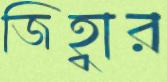
জিহ্বার